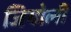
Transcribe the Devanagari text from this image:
जियोली